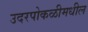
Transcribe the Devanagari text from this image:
उदरपोकळीमधील